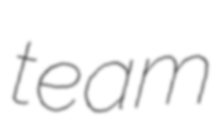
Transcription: team